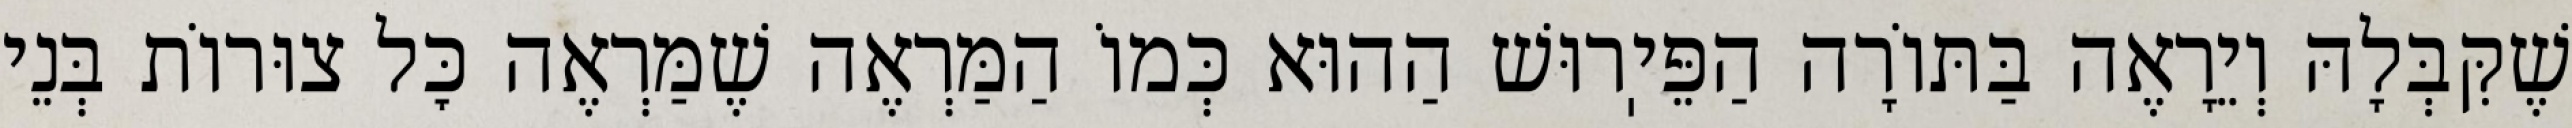
שֶׁקִּבְּלָהּ וְיֵרָאֶה בַּתּוֹרָה הַפֵּיֽרוּשׁ הַהוּא כְּמוֹ הַמַּרְאֶה שֶׁמַּרְאֶה כׇּל צוּרוֹת בְּנֵי